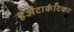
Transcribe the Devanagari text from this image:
हैअंटार्कटिका